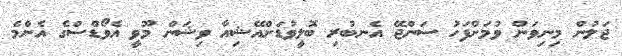
ޖަލުން މިނިވަން ވުމަށްފަހު ސަންޖޭ އެނބުރި ބޮލީވުޑަށްއޭޝިއާ ވިޝަން މޫވީ އެވޯޑްސްގެ އެންމެ